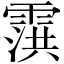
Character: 霟